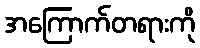
အကြောက်တရားကို